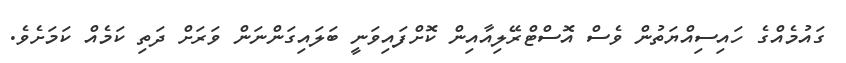
ގައުމެއްގެ ހައިސިއްޔަތުން ވެސް އޮސްޓްރޭލިއާއިން ކޮށްފައިވަނީ ބަލައިގަންނަން ވަރަށް ދަތި ކަމެއް ކަމަށެވެ.